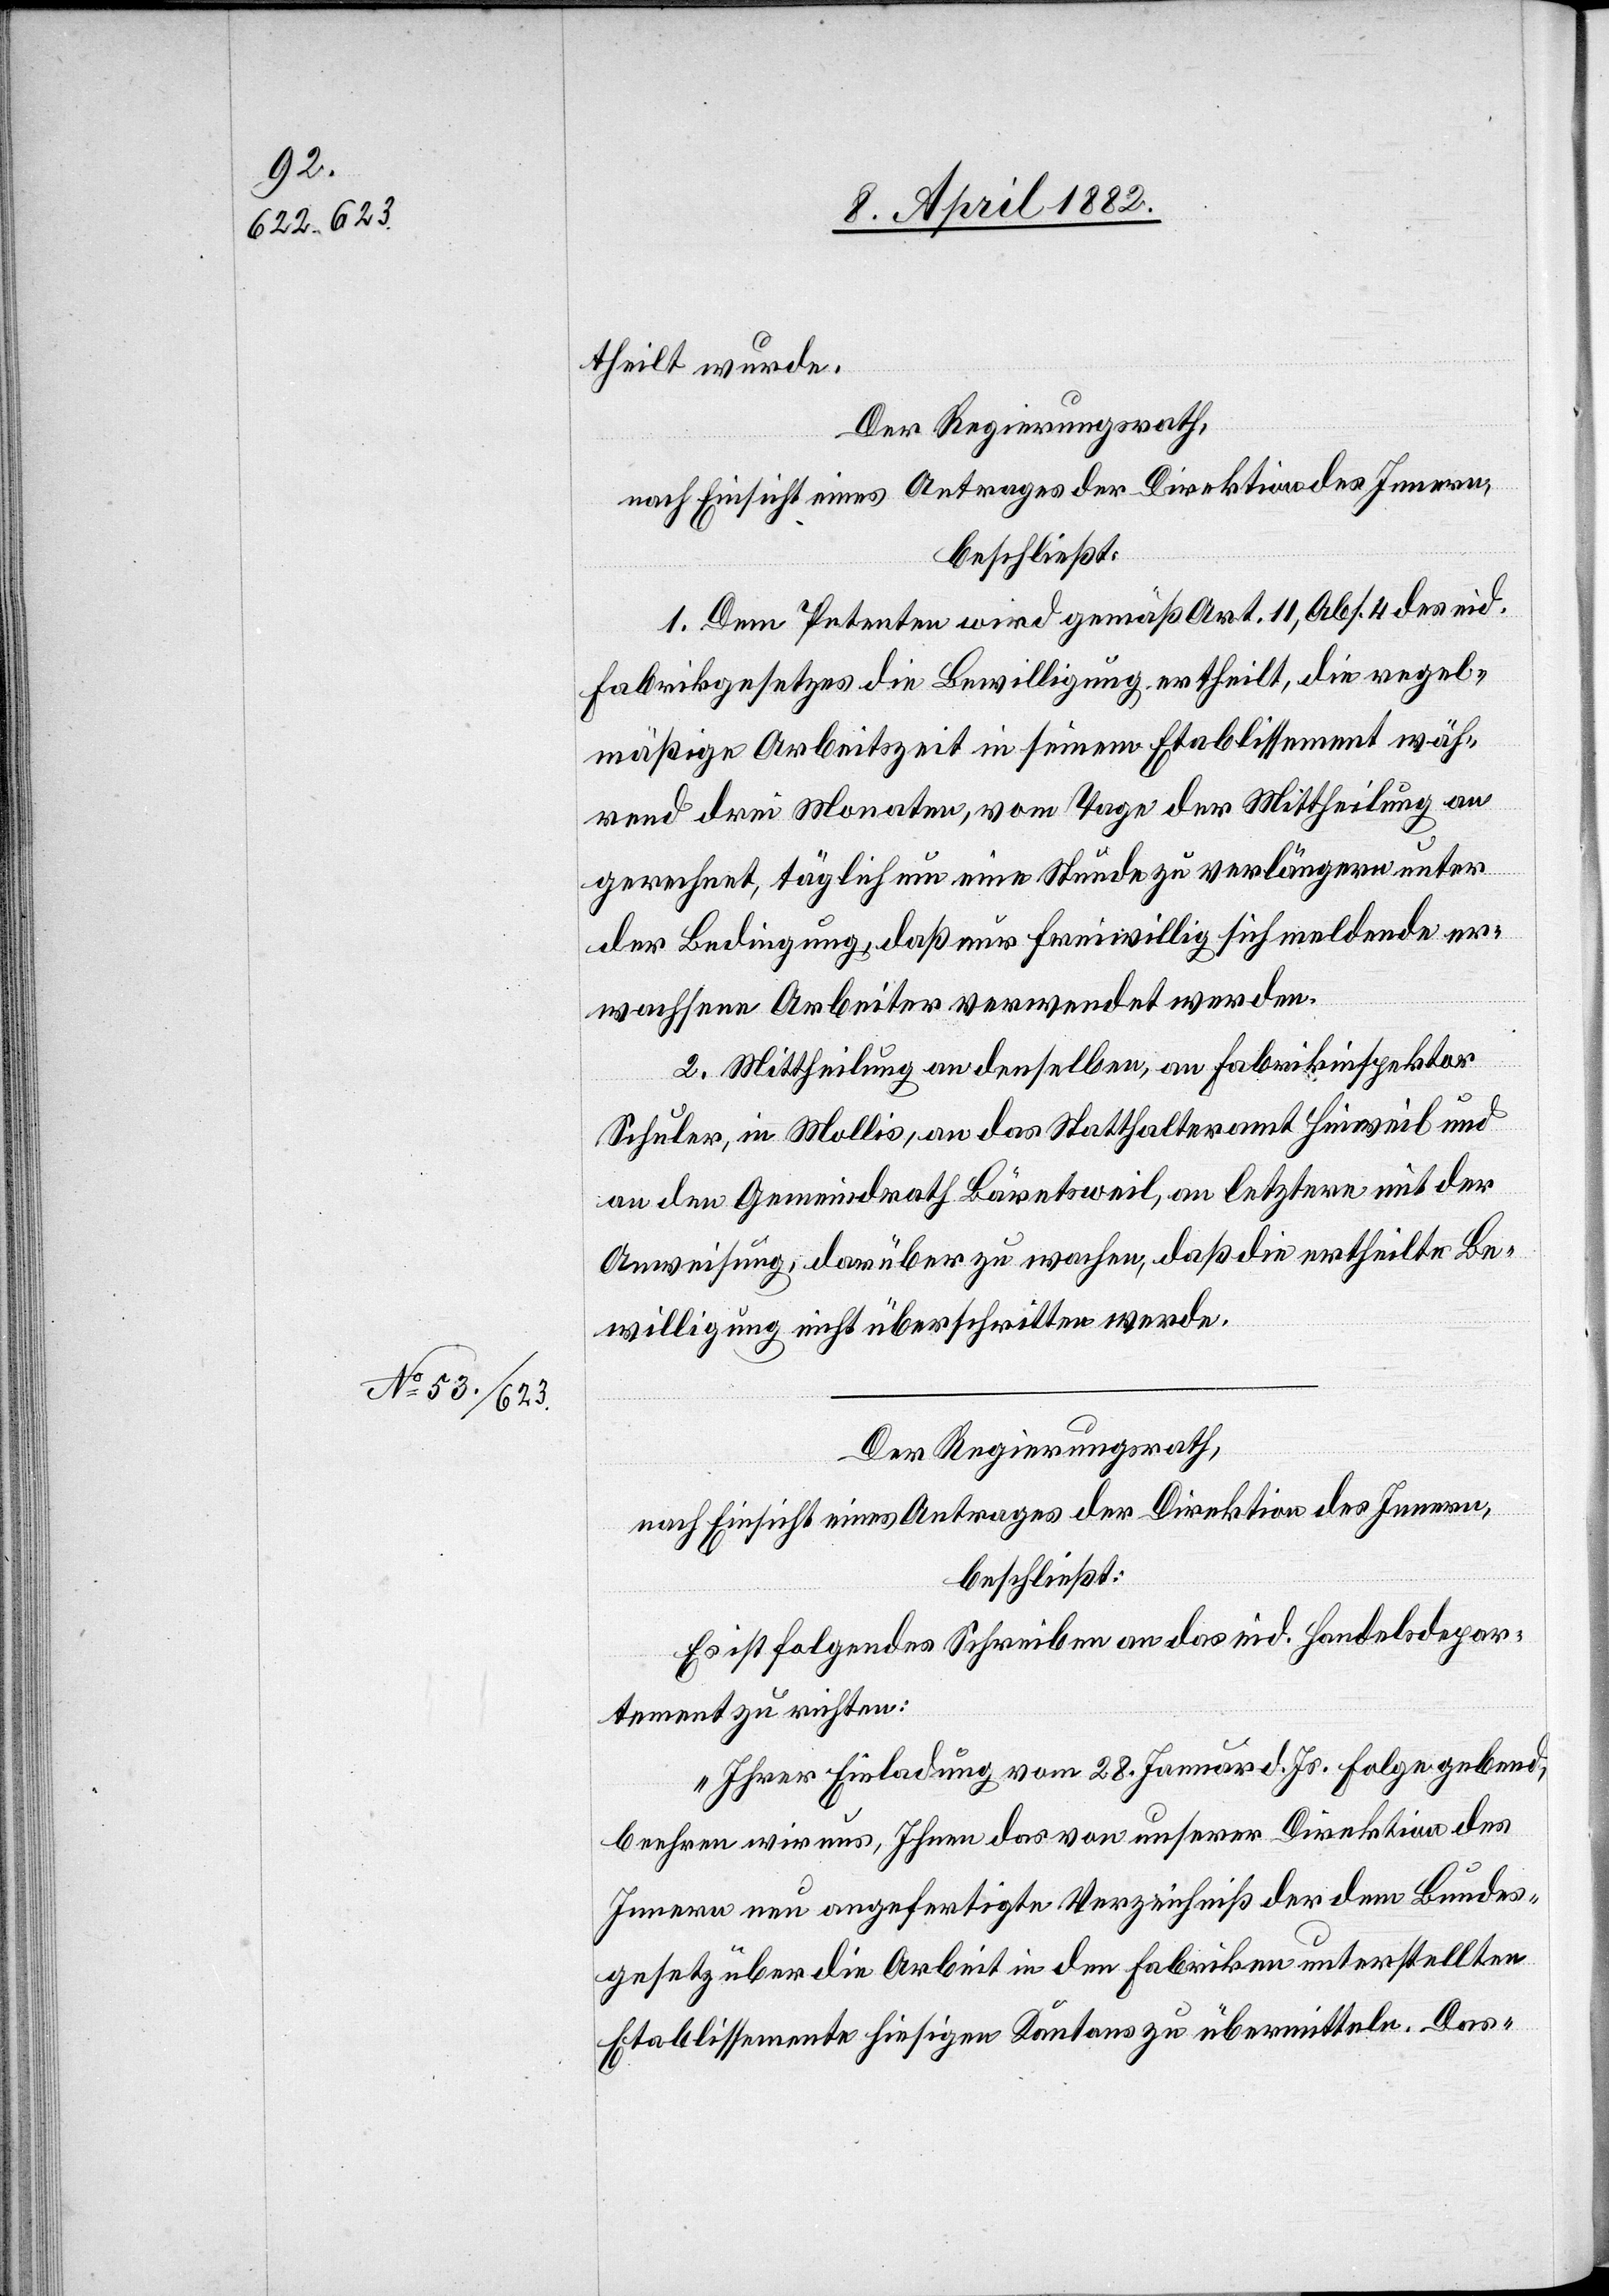
theilt wurde.
Der Regierungsrath,
nach Einsicht eines Antrages der Direktion des Innern,
beschließt:
1. Dem Petenten wird gemäß Art. 11, Abs. 4 des eid.
Fabrikgesetzes die Bewilligung ertheilt, die regel¬
mäßige Arbeitszeit in seinem Etablissement wäh¬
rend drei Monaten, vom Tage der Mittheilung an
gerechnet, täglich um eine Stunde zu verlängern unter
der Bedingung, daß nur freiwillig sich meldende er¬
wachsene Arbeiter verwendet werden.
2. Mittheilung an denselben, an Fabrikinspektor
Schuler, in Mollis, an das Statthalteramt Hinweil und
an den Gemeindrath Bäretsweil, an letztere mit der
Anweisung, darüber zu wachen, daß die ertheilte Be¬
willigung nicht überschritten werde.
Der Regierungsrath,
nach Einsicht eines Antrages der Direktion des Innern,
beschließt:
Es ist folgendes Schreiben an das eid. Handelsdepar¬
tement zu richten:
„Ihrer Einladung vom 28. Januar d. Js. Folge gebend,
beehren wir uns, Ihnen das von unserer Direktion des
Innern neu angefertigte Verzeichniß der dem Bundes¬
gesetz über die Arbeit in den Fabriken unterstellten
Etablissemente hiesigen Kantons zu übermitteln. Das-